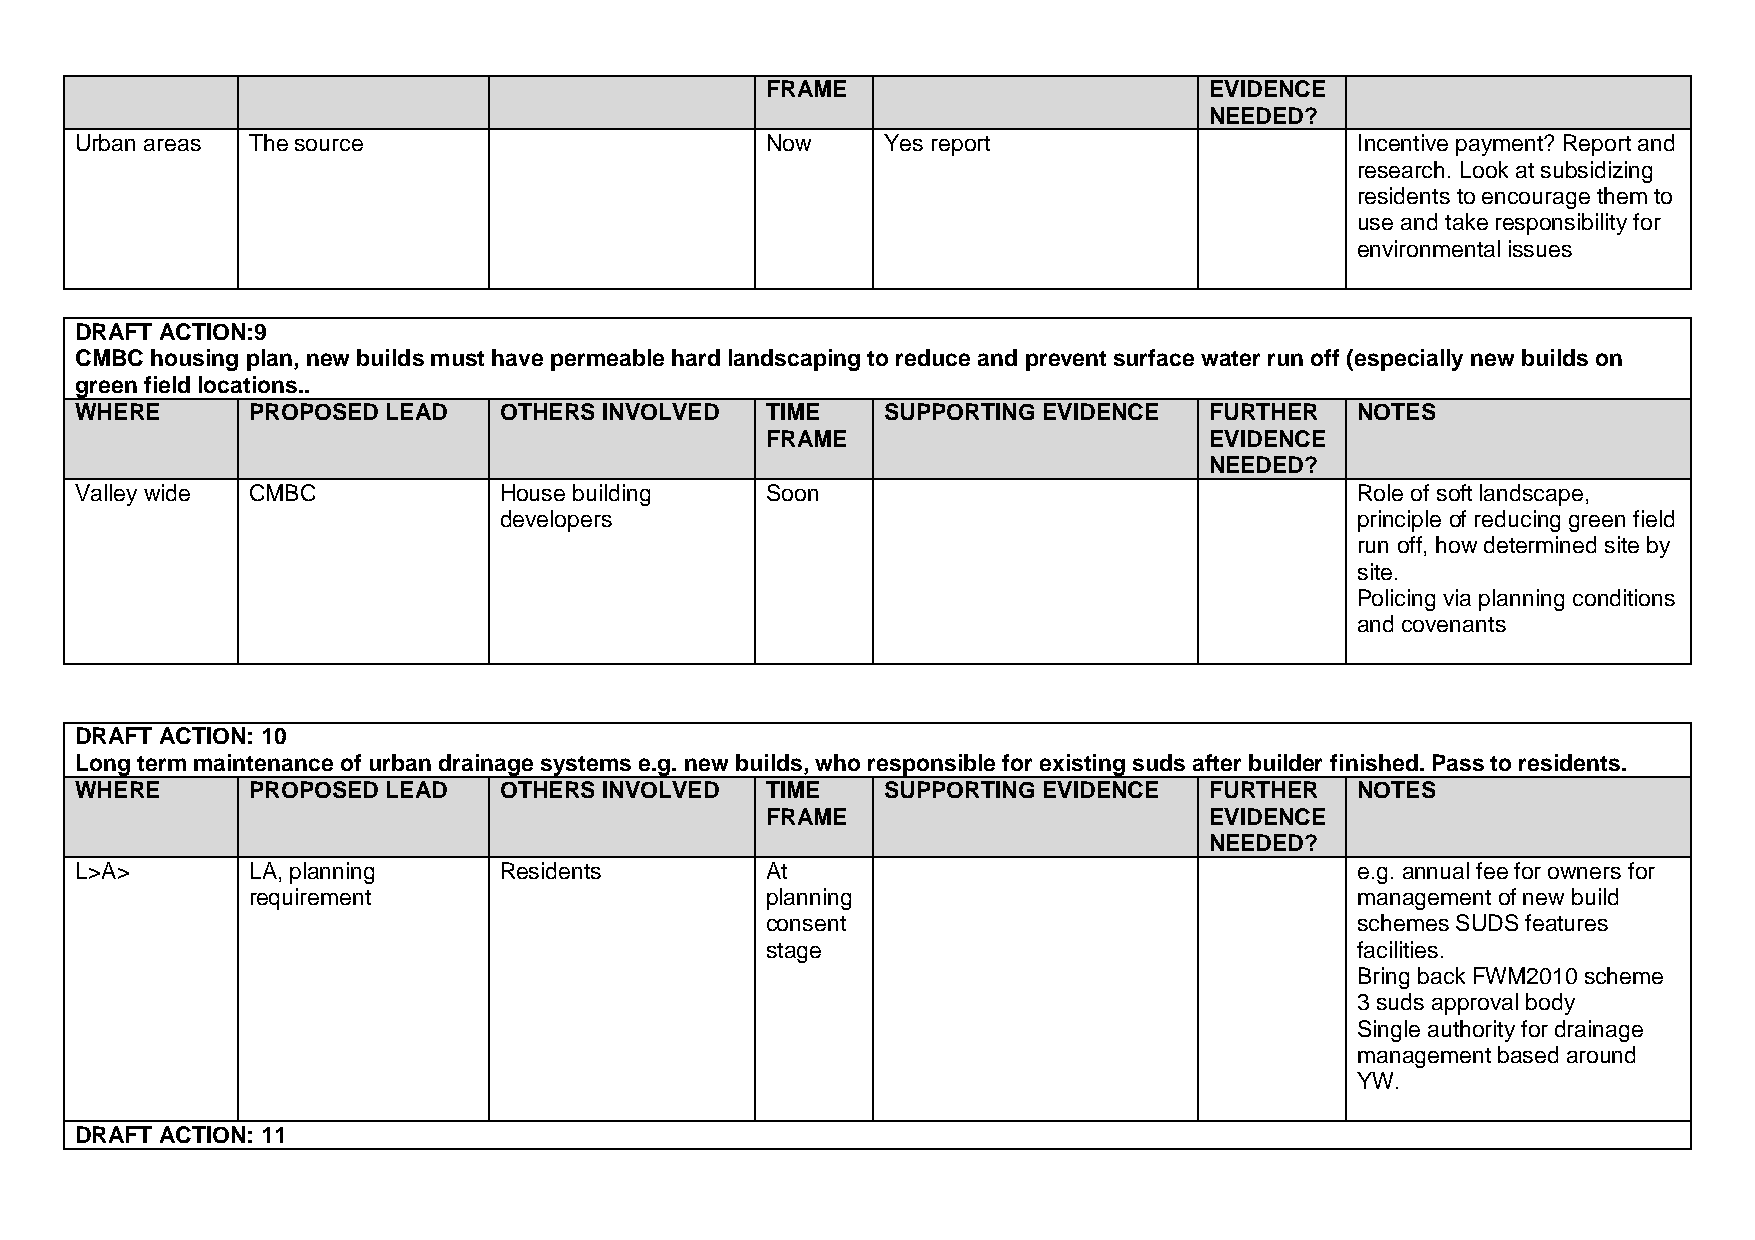
FRAME                        EVIDENCE
 NEEDED?
 Urban areas The source                        Now     Yes report                     Incentive payment? Report and
 research. Look at subsidizing
 residents to encourage them to
 use and take responsibility for
 environmental issues
 DRAFT ACTION:9
 CMBC housing plan, new builds must have permeable hard landscaping to reduce and prevent surface water run off (especially new builds on
 green field locations..
 WHERE      PROPOSED  LEAD   OTHERS INVOLVED   TIME    SUPPORTING EVIDENCE  FURTHER   NOTES
 FRAME                        EVIDENCE
 NEEDED?
 Valley wide CMBC            House building    Soon                                   Role of soft landscape,
 developers                                               principle of reducing green field
 run off, how determined site by
 site.
 Policing via planning conditions
 and covenants
 DRAFT ACTION: 10
 Long term maintenance of urban drainage systems e.g. new builds, who responsible for existing suds after builder finished. Pass to residents.
 WHERE      PROPOSED  LEAD   OTHERS INVOLVED   TIME    SUPPORTING EVIDENCE  FURTHER   NOTES
 FRAME                        EVIDENCE
 NEEDED?
 L>A>       LA, planning     Residents         At                                     e.g. annual fee for owners for
 requirement                        planning                               management of new build
 consent                                schemes SUDS features
 stage                                  facilities.
 Bring back FWM2010 scheme
 3 suds approval body
 Single authority for drainage
 management based around
 YW.
 DRAFT ACTION: 11